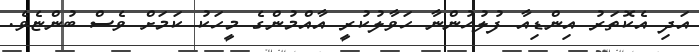
އަދި އެކޮތަރު އިންޑިއާ ފުލުހުންނާ ހަވާލުކުރީ އާއްމުންގެ މީހަކު ކަމަށް ވެސް ބުންޏެވެ.